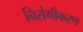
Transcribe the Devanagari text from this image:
निरोगीकरण